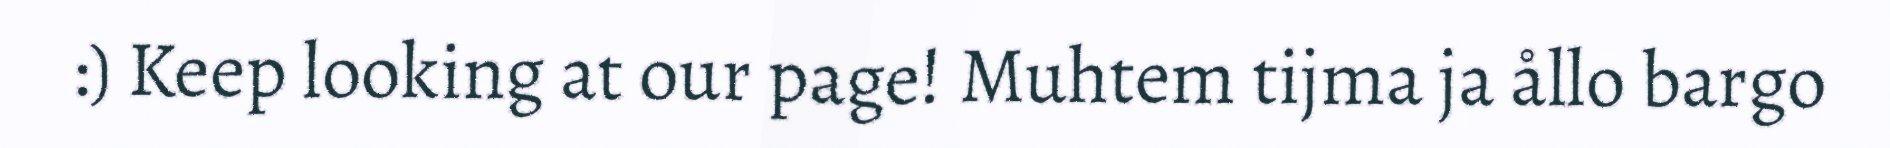
:) Keep looking at our page! Muhtem tijma ja ållo bargo